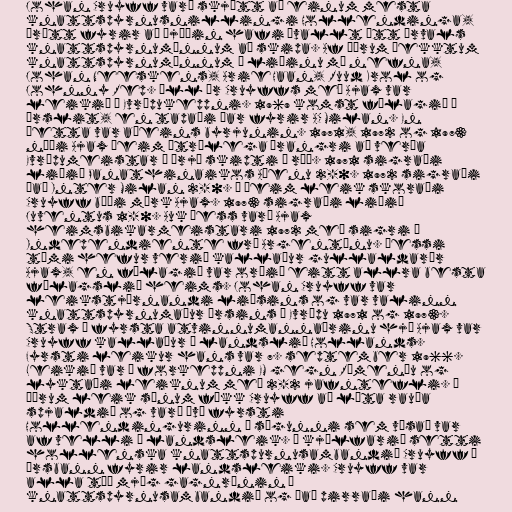
Johan Cruyff varð skjótt að einum mesta
knattspyrnusnillingi Hollendinga,
þrátt fyrir að þjóðin hafi ávallt átt úrvals
knattspyrnumönnum að skipa. Af öðrum þekktum
knattspyrnumönnum í liðinu má nefna,
Johan Neeskens, Arie Haan, Ruud Krol og
Johnny Rep. Öll ár Cruyffs með Ajax var
leikið í Evrópukeppni. 1969 komst félagið í
úrslit, en tapaði þar fyrir AC Milan. En
þetta var aðeins byrjunin. 1971, 1972 og 1973
náði Ajax þeim ótrúlega árangri að verða
Evrópumeistar í þrjú skipti í röð. 1971 sigraði
liðið Panathinaikos Aþenu 2-0. 1972 sigraði
það Inter Milan 2-0. Í þeim leik skoraði
Cruyff bæði mörk Ajax. 1973 sigraði liðið
Juventus 1-0. Auk þess varð Ajax
heimsbikarmeistari 1972 með sigri á
Independiente frá Argentínu. Þessi
tími hefur verið kallaður gullaldarár
Ajax, en félagið var orðið eitt allra besta
félagslið heims. Johan Cruyff var
leikstjórnandi liðsins og var valinn
knattspyrnumaður ársins í Evrópu 1971 og 1973.
Strax á fyrsta atvinnumannaárinu hjá Ajax var
Cruyff kallaður í landslið Hollands.
Fyrsti leikur hans var 7. september 1966.
Leikið var í forkeppni EM gegn Rúmeníu og
lyktaði leiknum með 2-2 jafntefli. Í
öðrum leik sínum fékk Cruyff að líta rauða
spjaldið og varð því fyrsti
Hollendingurinn í sögunni sem vísað var
af velli í landsleik. Í kjölfarið setti
hollenska knattspurnusambandið Cruyff í
ársbann fyrir landsleiki. Cruyff var
alla tíð mjög gagnrýnin á
knattspyrnusambandið og það pirraði hann